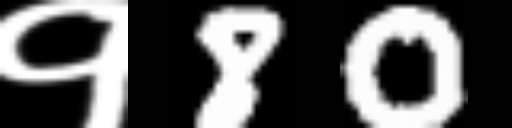
Text: १80